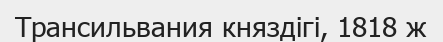
Трансильвания княздігі, 1818 ж